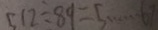
5 1 2 \div 8 9 = 5 \cdots 6